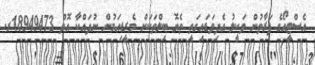
އެސްޓީއޯގެ ފަރާތުން ވަކީލު އެދިވަޑައިގަތީ ތެޔޮ ބިލްތަކަށް މެރީޑިއަމުން ނުދައްކާ އޮތް 18949473ރ.